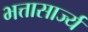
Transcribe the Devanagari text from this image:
भत्तासार्ज्य